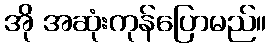
အို အဆုံးကုန်ပြောမည်။